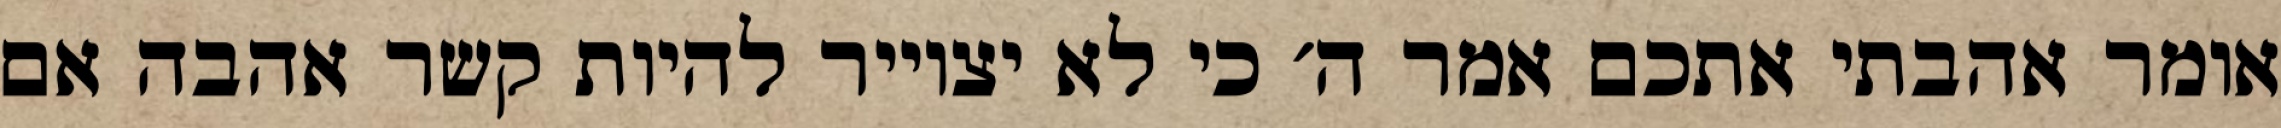
אומר אהבתי אתכם אמר ה׳ כי לא יצוייר להיות קשר אהבה אם